Source: Handwritten
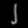
Digit: ၂ (2)